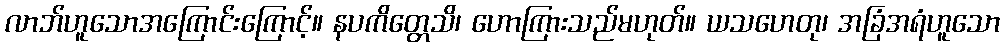
လာဘ်ဟူသောအကြောင်းကြောင့်။ နပကိတ္တေသိ၊ ဟောကြားသည်မဟုတ်။ ယသဟေတု၊ အခြံအရံဟူသော